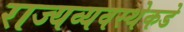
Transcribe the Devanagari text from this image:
राज्यव्यवस्थेकडे